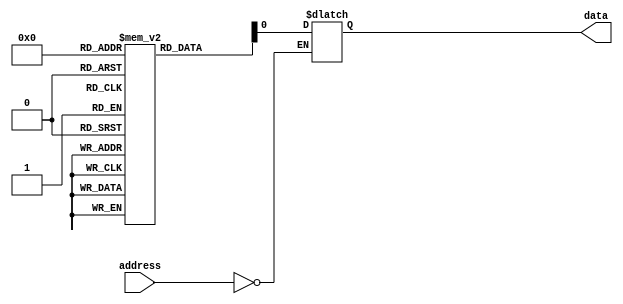
module anti_fuse_ROM (
    input wire [7:0] address,
    output reg data
);

reg [7:0] memory_array [0:255]; // 256 memory locations

// initialize memory array with programmed values during fabrication
initial begin
    memory_array[0] = 8'b11001100; // example programmed value
    // initialize other memory locations...
end

// address decoding logic to access specific memory locations
always @(*) begin
    case(address)
        8'b00000000: data = memory_array[0];
        // add more cases for other memory locations as needed
    endcase
end

endmodule